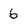
Character: 6